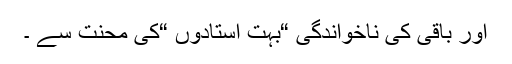
اور باقی کی ناخواندگی “بہت استادوں “کی محنت سے ۔